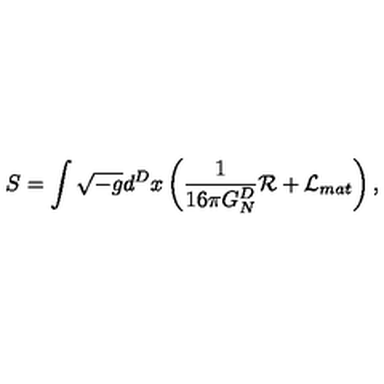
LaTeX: S = \int \sqrt { - g } d ^ { D } x \left( { \frac { 1 } { 1 6 \pi G _ { N } ^ { D } } } { \cal R } + { \cal L } _ { m a t } \right) ,